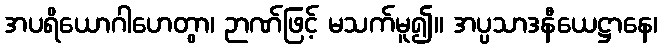
အပရိယောဂါဟေတွာ၊ ဉာဏ်ဖြင့် မသက်မူ၍။ အပ္ပသာဒနီယေဋ္ဌာနေ၊